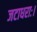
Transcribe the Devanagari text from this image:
जटाधराः।